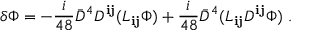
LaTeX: \delta \Phi = - \frac { i } { 4 8 } { \bar { D } } ^ { 4 } D ^ { { \mathbf i } { \mathbf j } } ( L _ { { \mathbf i } { \mathbf j } } \Phi ) + \frac { i } { 4 8 } { \bar { D } } ^ { 4 } ( L _ { { \mathbf i } { \mathbf j } } D ^ { { \mathbf i } { \mathbf j } } \Phi ) \ .